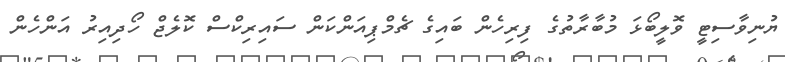
ޔުނިވާސިޓީ ވޮލީބޯޅަ މުބާރާތުގެ ފިރިހެން ބައިގެ ޗެމްޕިއަންކަން ސައިރިކްސް ކޮލެޖް ހޯދިއިރު އަންހެން